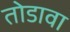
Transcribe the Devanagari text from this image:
तोडावा